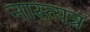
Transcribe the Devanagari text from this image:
नास्त्यत्र